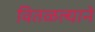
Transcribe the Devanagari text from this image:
वितळल्याने